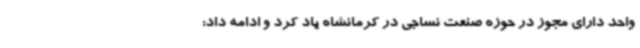
واحد دارای مجوز در حوزه صنعت نساجی در کرمانشاه یاد کرد و ادامه داد: